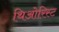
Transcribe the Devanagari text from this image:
थिओरिस्ट